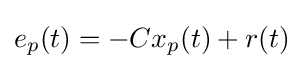
e_{p}(t)=-Cx_{p}(t)+r(t)